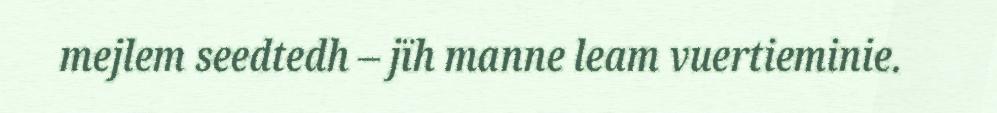
mejlem seedtedh – jïh manne leam vuertieminie.